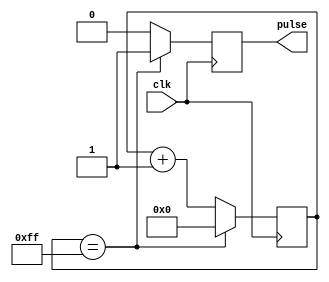
module sync_pulse_generator(
    input wire clk,
    output reg pulse
);

reg [7:0] counter;

always @(posedge clk) begin
    counter <= counter + 1;
    if (counter == 8'hFF) begin
        pulse <= 1;
        counter <= 0;
    end else begin
        pulse <= 0;
    end
end

endmodule